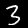
Digit: 3